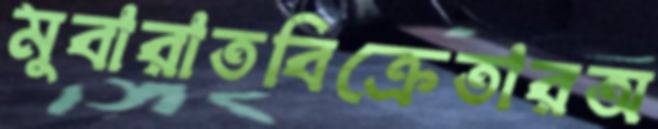
মুবারাতবিক্রেতারঅ